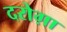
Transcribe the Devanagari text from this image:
दरोग़ा